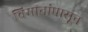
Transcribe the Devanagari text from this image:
विमानांपासून